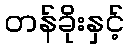
တန်ခိုးနှင့်